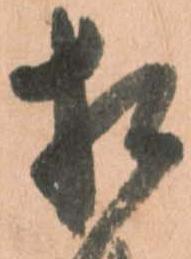
相